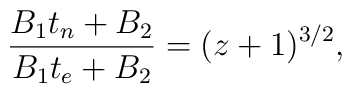
\frac{B_1t_n+B_2}{B_1t_e+B_2}=(z+1)^{3/2},